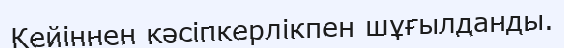
Кейіннен кәсіпкерлікпен шұғылданды.